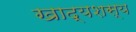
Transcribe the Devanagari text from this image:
खाद्यशस्य